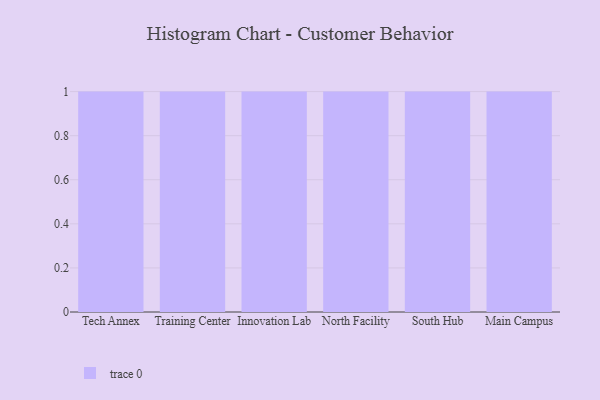
{"axis": {"x": "Campus", "y": "Energy Usage (MWh)"}, "legend": [""], "data": [{"x": "Tech Annex", "y": 91, "type": ""}, {"x": "Training Center", "y": 3, "type": ""}, {"x": "Innovation Lab", "y": 85, "type": ""}, {"x": "North Facility", "y": 23, "type": ""}, {"x": "South Hub", "y": 91, "type": ""}, {"x": "Main Campus", "y": 74, "type": ""}]}